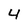
Character: 4